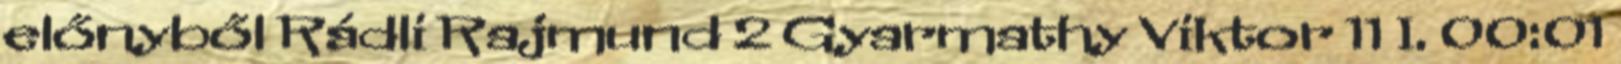
előnyből Rádli Rajmund 2 Gyarmathy Viktor 11 I. 00:01